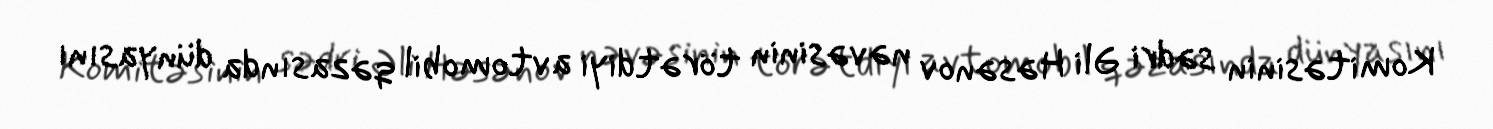
Komitəsinin sədri Əli Həsənov nəvəsinin törətdiyi avtomobil qəzasında dünyasını